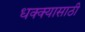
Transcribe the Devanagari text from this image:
धक्क्यासाठी